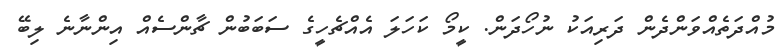
މުއްދަތެއްވަންދެން ދަރިއަކު ނުހޯދަން. ކީމޯ ކަހަލަ އެއްޗެހީގެ ސަބަބުން ޗާންސެއް އިންނާނެ ލިބޭ